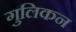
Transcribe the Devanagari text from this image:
गुलिकन